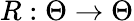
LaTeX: R:\Theta\to\Theta